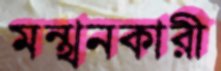
মন্থনকারী